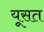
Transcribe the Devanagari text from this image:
यूसत